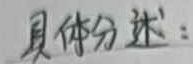
具体分述：